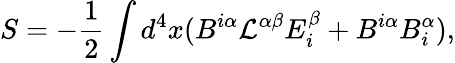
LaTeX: S=-{\frac{1}{2}}\int d^{4}x(B^{i\alpha}{\cal L}^{\alpha\beta}E_{i}^{\beta}+B^{i\alpha}B_{i}^{\alpha}),